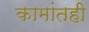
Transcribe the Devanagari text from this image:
कामांतही